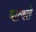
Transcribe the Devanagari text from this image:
यात्कारे